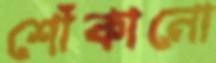
শোঁকানো